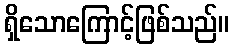
ရှိသောကြောင့်ဖြစ်သည်။